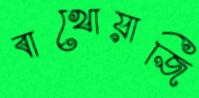
বাখোয়াজি